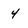
Character: 4